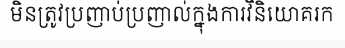
មិនត្រូវប្រញាប់ប្រញាល់ក្នុងការវិនិយោគរក